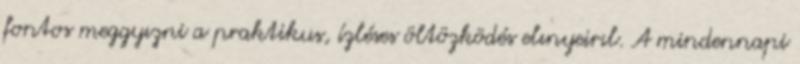
fontos meggyızni a praktikus, ízléses öltözködés elınyeirıl. A mindennapi